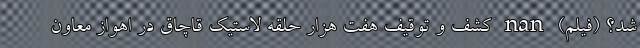
شد؟ (فیلم) nan کشف و توقیف هفت هزار حلقه لاستیک قاچاق در اهواز معاون